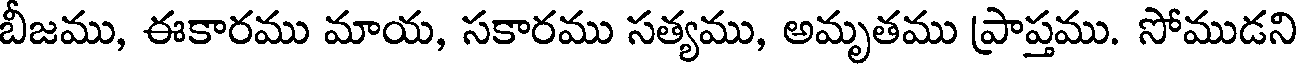
బీజము, ఈకారము మాయ, సకారము సత్యము, అమృతము ప్రాప్తము. సోముడని